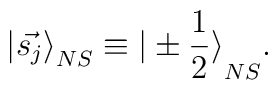
{\vert \vec{s_{j}} \rangle}_{NS} \equiv {\vert \pm \frac{1}{2} \rangle}_{NS}.